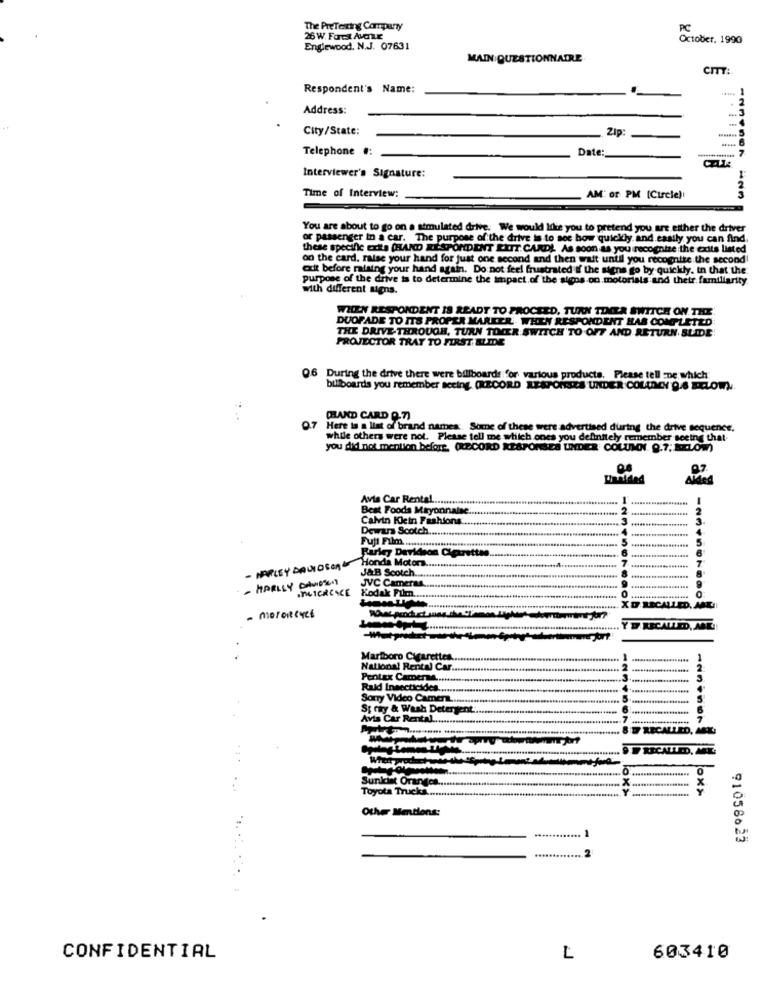
The PreTesting Company
PC
26 W. Forest AMOLe
October. 1990
Englewood, N.J. 07631
MAIN QUESTIONNAIRE
CITT:
Respondent's Name:
Address:
City/State:
Zip:
-
Telephone #:
Date:
Interviewer's Signature:
Time of Interview:
AM: or PM [Circle)
You are about to go on a simulated drive. We would like you to pretend you are either the driver
or passenger in a car. The purpose of the drive is to see how quickly and easily you can find.
these specific exta (HAND RESPONDENT LITT CARDL As soon as you recognize the exits listed
on the card. raise your hand for just one second and then wait until you recognize the second
odit before raising your hand again. Do not feel frustrated if the signs go by quickly. in that the'
purpose of the drive is to determine the impact of the signs on motorials and their familiarity
with different signs.
WHEN RESPONDENT IS READY TO PROCEED, TURN TDCER SWITCH ON THE
DUOFADE TO ITS PROPER MARKER. WHEN RESPONDENT HAS COMPLETED:
THE DRIVE- THROUGH, TURN TOCER SWITCH TO OFF AND RETURN. SLIDE
PROJECTOR TRAY TO FIRST BLIDE
Q6 During the drive there were billboards for various products. Please tell De which
billboards you remember seeing. (RECORD RESPONSES UNDER COLDCY 9.6 BELOW)
CHAND CARD Q.7)
0.7
Here is a list of brand names. Some of these were advertised during the drive sequence.
while others were not. Please tell me which ones you definitely remember seeing that
you did not mention before. (RECORD RESPONSES UNDER COLUMN 9.7; ILOW)
Unaided
Avis Car Rental
Best Foods Mayonnaise .....
2.
Calvin Klein Fashions:
Dewars Scotch
Fuji Film ..
Farley Davidson Cigarettes.
Honda Motor ....
HARLEY DAVIDSON
J&B Scotch ...
- HARLEY DAVIDSON
JVC Camera
INCICRESCE
Kodak Film ....
- motorcycs
Marlboro Cigarettes
National Rental Car.
Pentax Camera ...
Raid Insecticides.
Sorry Video Camera ...
St ray & Wash Detergent.
Avis Car Rental.
.........
Sunkist Orangca ..
Toyota Trucks ...
Other Mentions:
91058623
CONFIDENTIAL
L
603410